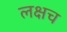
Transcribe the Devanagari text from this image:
लक्षच